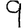
Digit: 9